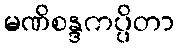
မဏိစန္ဒကပ္ပိတာ